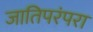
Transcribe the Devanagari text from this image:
जातिपरंपरा